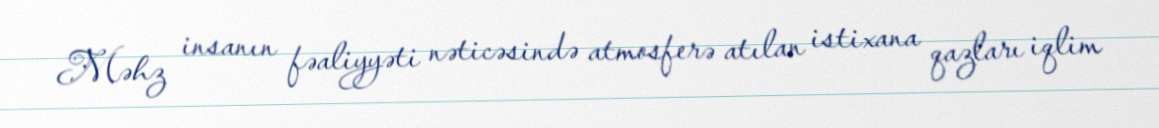
Məhz insanın fəaliyyəti nəticəsində atmosferə atılan istixana qazları iqlim